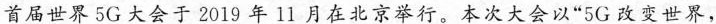
首届世界5G大会于2019年11月在北京举行。本次大会以”5G改变世界，